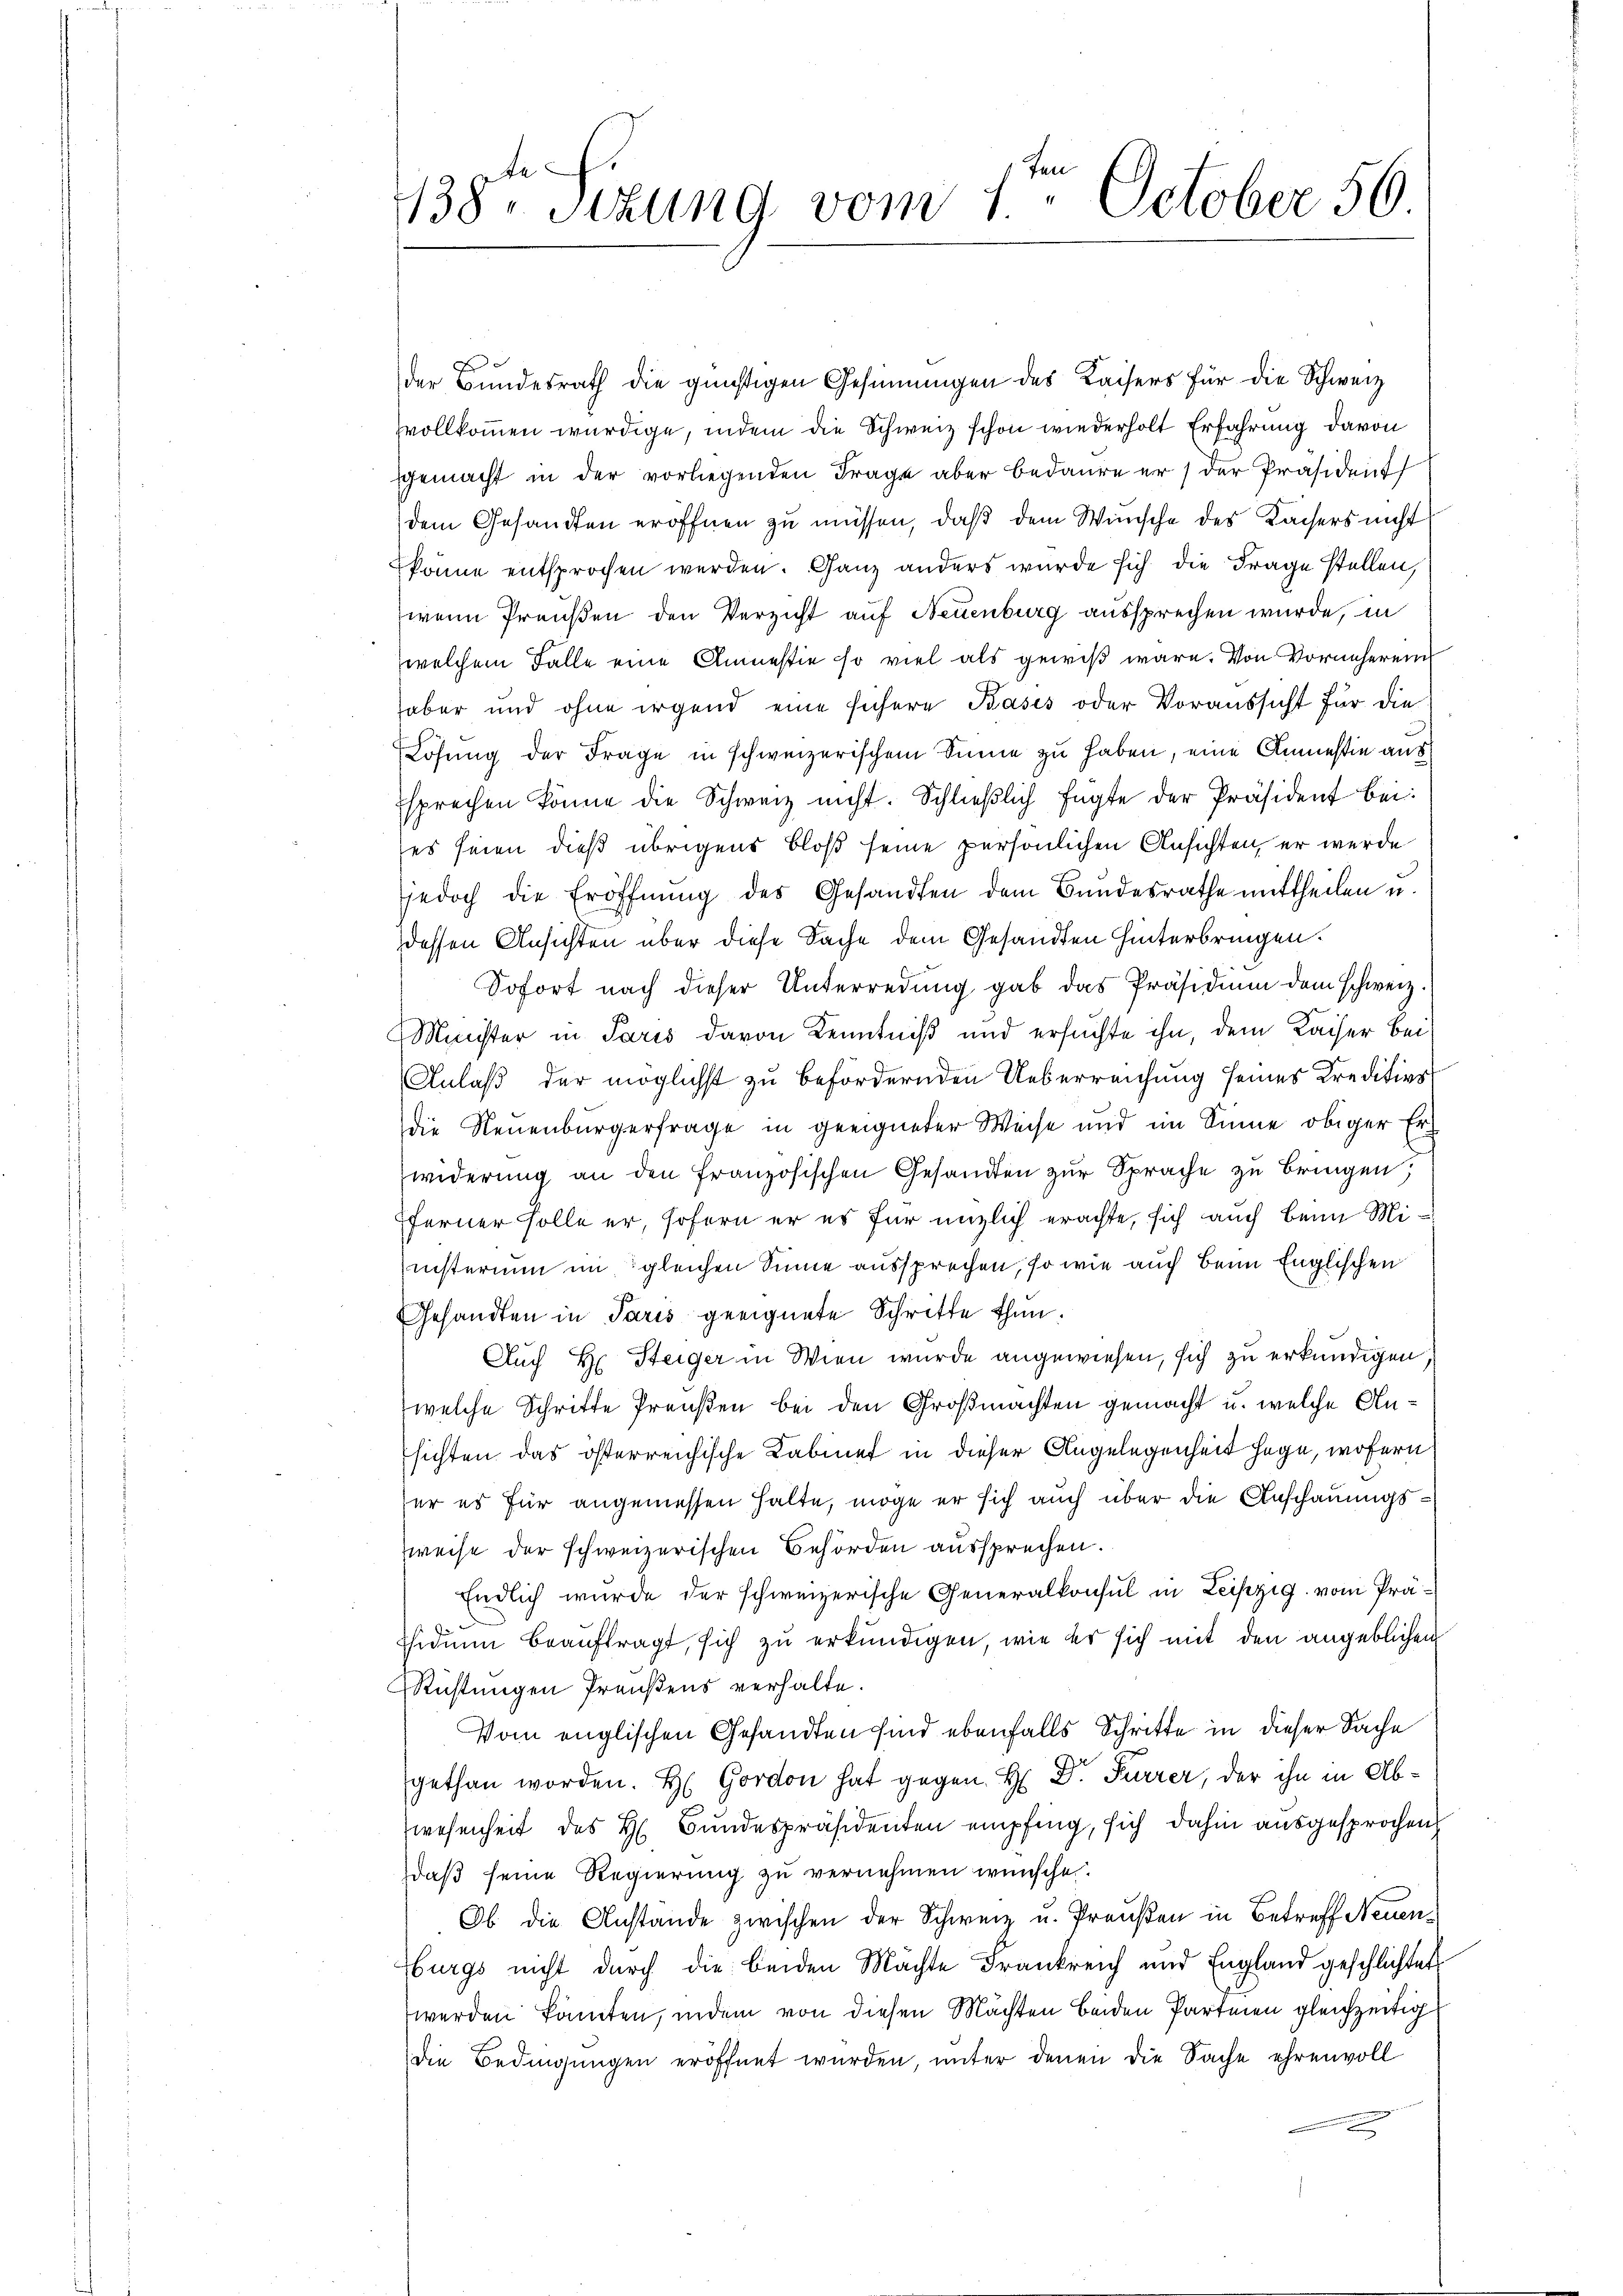
te
138. Sitzung vom 1. October 56

der Bundesrath die günstigen Gesinnungen des Kaisers für die Schweiz
vvollkommen würdige, indem die Schweiz schon wiederholt Erfahrung davon
gemacht in der vorliegenden Frage aber bedaure er / der Präsident
dem Gesandten eröffnen zu müssen, daß dem Wünsche des Kaisers nicht
könne entsprochen werden. Ganz anders wurde sich die Frage stellen,
wenn Preußen den Verzicht auf Neuenburg aussprechen wurde, in
welchem Falle eine Amnestie so viel als gewiß wäre. Von Vorneherend
haber und ohne irgend eine sichere Basis oder Voraussicht für die
Lösung der Frage in schweizerischem Sinne zu haben, eine Anmessin aus
sprechen könne die Schweiz nicht. Schließlich fügte der Präsident bei:
es seien dieß übrigens bloß seine persönlichen Ansichten, er werde
jedoch die Eröffnŭng des Gesandten dem Bundesrathe mittheilen u.
dessen Ansichten über diese Sache dem Gesandten hinterbringen.
Sofort nach dieser Unterredung gab das Präsidium dem schweiz.
Minister in Paris davon Kenntniß und ersuchte ihn, dem Kaiser bei
Anlaß der möglichst zu befördernden Ueberreichung seines Kreditivs
die Neuenburgerfrage in geeigneter Weise und im Sinne obiger Erwiderung an den französischen Gesandten zur Sprache zu bringen,
fferner solle er, sofern er es für nützlich erachte, sich auch beim Miinsterium im gleichen Sinne aussprechen, so wie auch beim Englischen
Gesandten in Paris geeignete Schritte thun.
Auch Hr. Steiger in Wien wurde angewiesen, sich zu erkundigen,
welche Schritte Preußen bei den Großmachten gemacht u. welche Ansichten das österreichische Kabinet in dieser Angelegenheit hege, wofern
er es für angemessen halte, möge er sich auch über die Anschauungsweise der schweizerischen Behörden aussprechen.
Endlich wurde der schweizerische Generalkonsul in Leipzig vom Prä¬
Eidum beauftragt, sich zu erkundigen, wie er sich mit den angeblichen
Richtungen Preußens verhalte.
Vom englischen Gesandten sind ebenfalls Schritte in dieser Sache
gethan worden. H. Gordon hat gegen H. Dr. Furrer, der ihn in Abwesenheit des H. Bundespräsidenten empfing, sich dahin ausgesprochen
daß seine Regierung zu vernehmen wünsche.
Ob die Anstande zwischen der Schweiz u. Preußen in Betreff Neuenburgs nicht durch die beiden Machte Frankreich und England geschlichtet
werden könnten, indem von diesen Mächten beiden Partien gleichzeitig
die Bedingungen eröffnet wurden, unter denen die Sache ehrenvoll